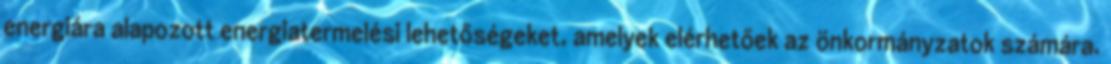
energiára alapozott energiatermelési lehetőségeket, amelyek elérhetőek az önkormányzatok számára.